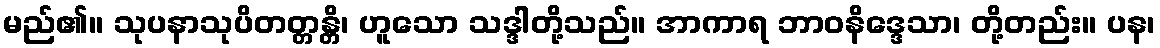
မည်၏။ သုပနာသုပိတတ္တန္တိ၊ ဟူသော သဒ္ဒါတို့သည်။ အာကာရ ဘာဝနိဒ္ဒေသာ၊ တို့တည်း။ ပန၊